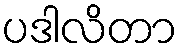
ပဒါလိတာ